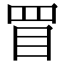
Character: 𥄲